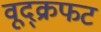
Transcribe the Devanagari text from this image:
वूद्क्रफट